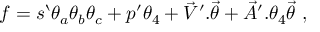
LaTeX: f = s ` \theta _ { a } \theta _ { b } \theta _ { c } + p ^ { \prime } \theta _ { 4 } + { \vec { V } } ^ { \prime } . { \vec { \theta } } + { \vec { A } } ^ { \prime } . \theta _ { 4 } { \vec { \theta } } \ ,